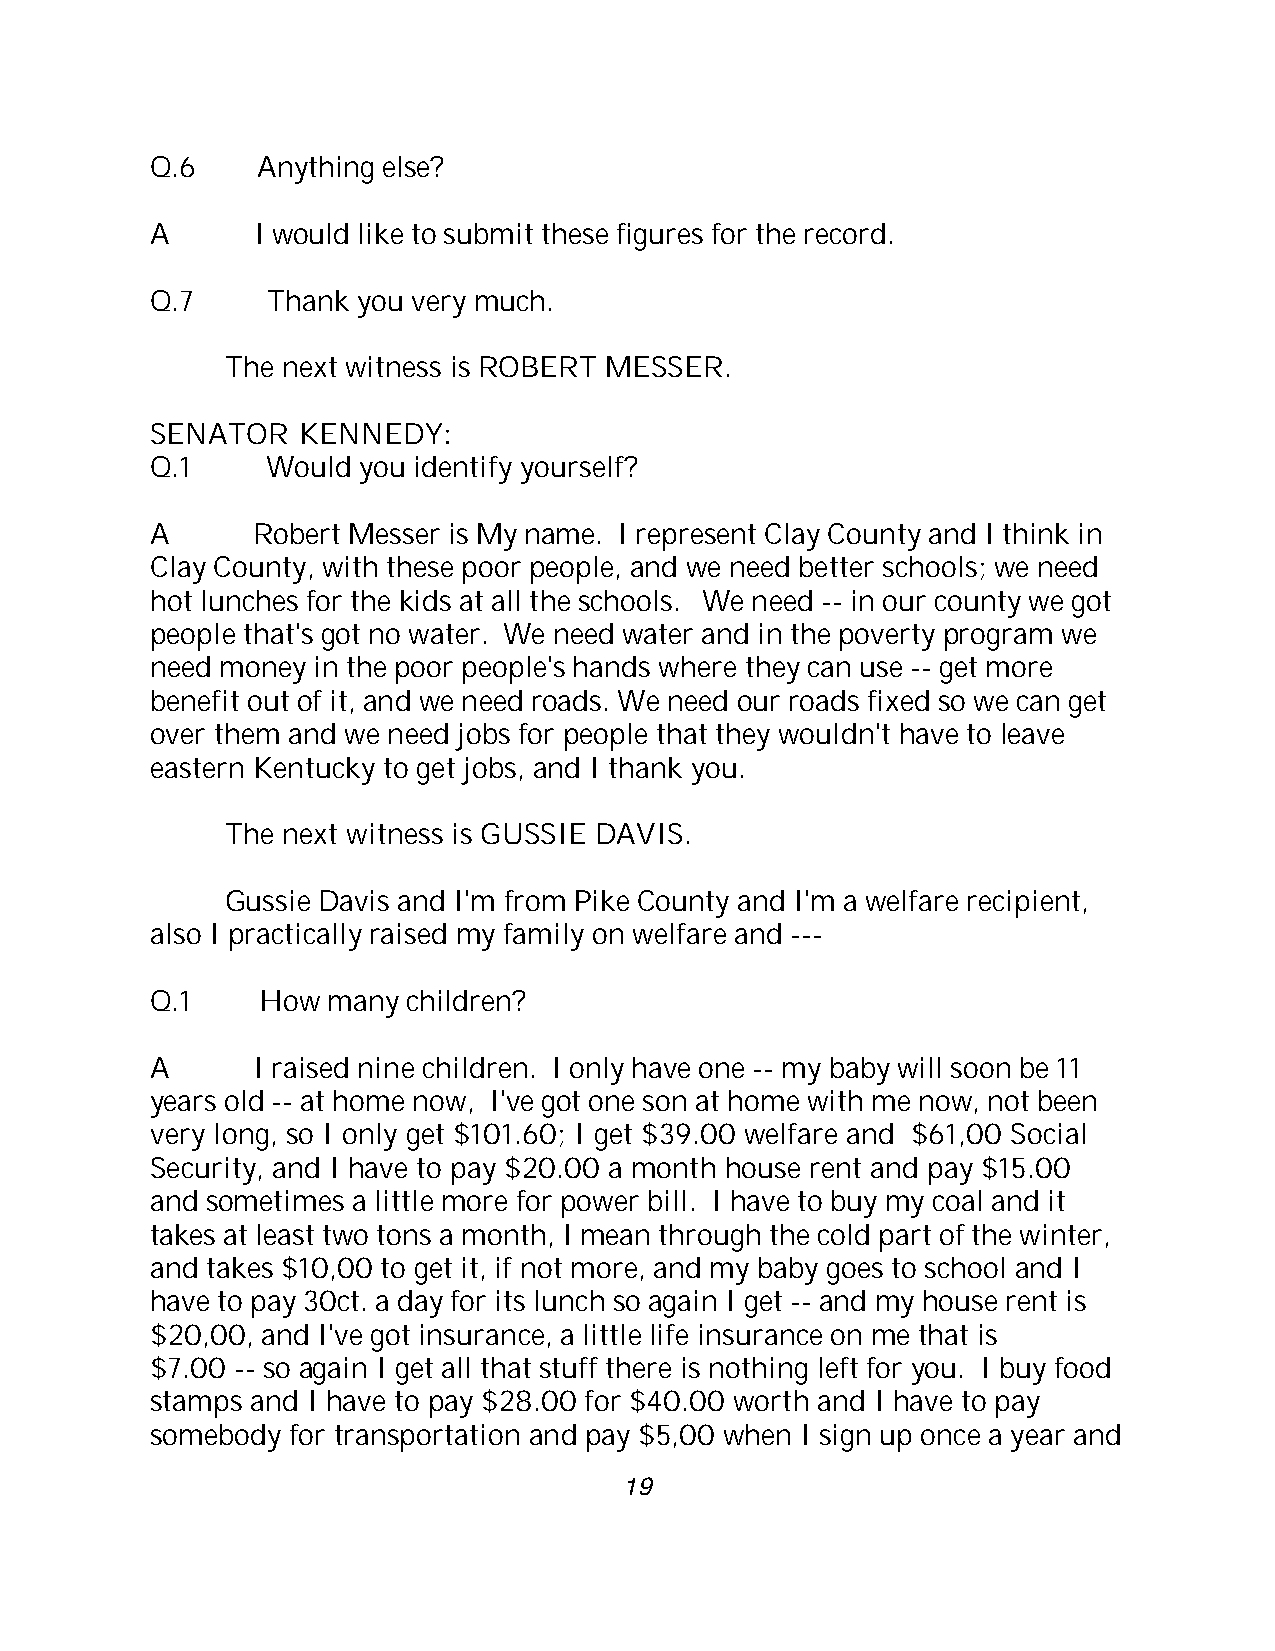
Q.6    Anything else?
 A      I would like to submit these figures for the record.
 Q.7     Thank you very much.
 The next witness is ROBERT MESSER.
 SENATOR   KENNEDY:
 Q.1     Would you identify yourself?
 A      Robert Messer is My name. I represent Clay County and I think in
 Clay County, with these poor people, and we need better schools; we need
 hot lunches for the kids at all the schools. We need -- in our county we got
 people that's got no water. We need water and in the poverty program we
 need money in the poor people's hands where they can use -- get more
 benefit out of it, and we need roads. We need our roads fixed so we can get
 over them and we need jobs for people that they wouldn't have to leave
 eastern Kentucky to get jobs, and I thank you.
 The next witness is GUSSIE DAVIS.
 Gussie Davis and I'm from Pike County and I'm a welfare recipient,
 also I practically raised my family on welfare and ---
 Q.1    How  many children?
 A      I raised nine children. I only have one -- my baby will soon be 11
 years old -- at home now, I've got one son at home with me now, not been
 very long, so I only get $101.60; I get $39.00 welfare and $61,00 Social
 Security, and I have to pay $20.00 a month house rent and pay $15.00
 and sometimes a little more for power bill. I have to buy my coal and it
 takes at least two tons a month, I mean through the cold part of the winter,
 and takes $10,00 to get it, if not more, and my baby goes to school and I
 have to pay 30ct. a day for its lunch so again I get -- and my house rent is
 $20,00, and I've got insurance, a little life insurance on me that is
 $7.00 -- so again I get all that stuff there is nothing left for you. I buy food
 stamps and I have to pay $28.00 for $40.00 worth and I have to pay
 somebody for transportation and pay $5,00 when I sign up once a year and
 19